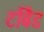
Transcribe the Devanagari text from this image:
टर्बिड